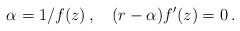
LaTeX: \begin{align*}\alpha = 1/f(z)\, ,\quad (r-\alpha) f'(z) = 0\, .\end{align*}